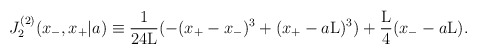
\begin{align*}J_2^{(2)}(x_{-},x_{+}|a) \equiv \frac{1}{24{\rm L}}(-(x_{+} - x_{-})^3 + (x_{+} - a{\rm L})^3)+ \frac{\rm L}{4} (x_{-} - a{\rm L}).\end{align*}